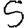
Digit: 5